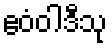
ဧဝံဝါဒီသု